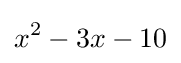
x^{2}-3x-10